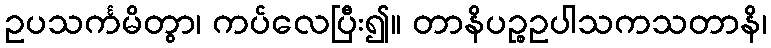
ဥပသင်္ကမိတွာ၊ ကပ်လေပြီး၍။ တာနိပဉ္စဥပါသကသတာနိ၊